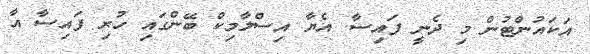
އަކައުންޓުން މި ދެނީ ފައިސާ. އެޔާ އިސްލާމިކް ބޭންގައި ހުރި ފައިސާ އާ